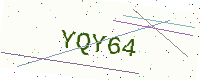
Text: YQY64